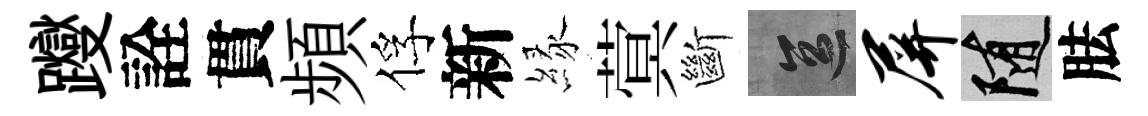
躞詮貫頻俘新縁蓂斷區屏隨胠